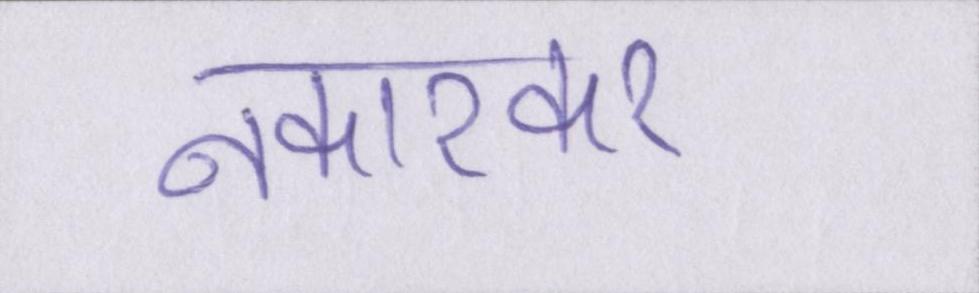
नकारकर